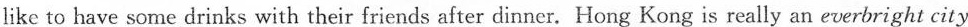
like to have some drinks with their friends after dinner. Hong Kong is really an everbright cit y